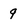
Character: 9